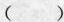
()